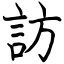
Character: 訪